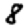
Digit: 8